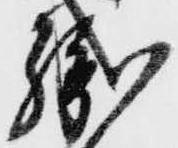
織